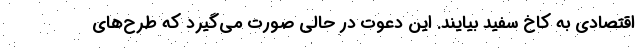
اقتصادی به کاخ سفید بیایند. این دعوت در حالی صورت می‌گیرد که طرح‌های